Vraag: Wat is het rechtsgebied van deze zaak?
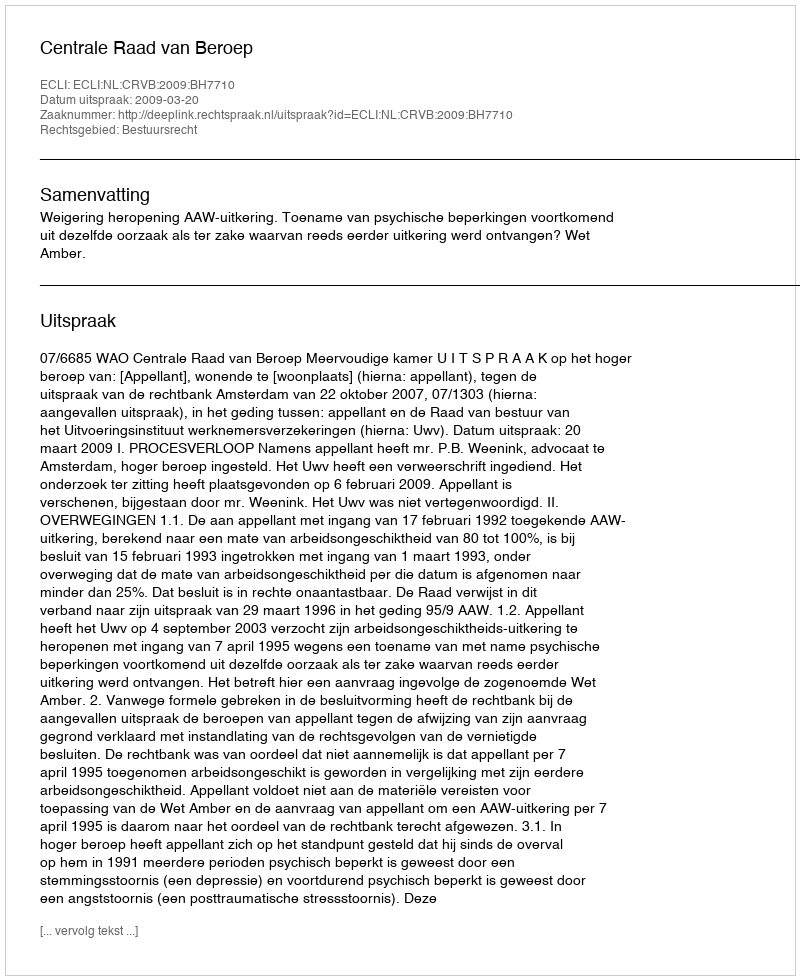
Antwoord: Bestuursrecht